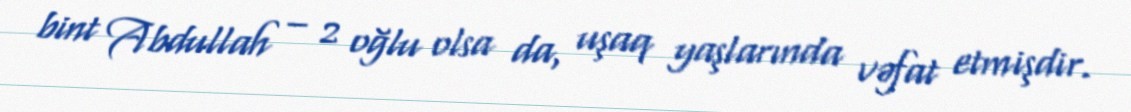
bint Abdullah – 2 oğlu olsa da, uşaq yaşlarında vəfat etmişdir.